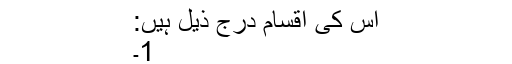
اس کی اقسام درجٍ ذیل ہیں:
1۔